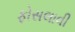
ફોસલાવી